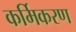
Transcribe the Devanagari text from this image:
कर्मिकरण